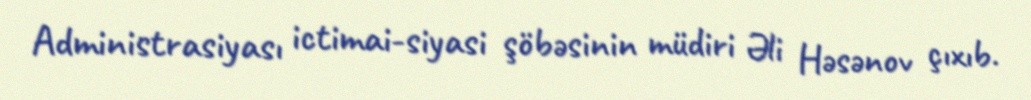
Administrasiyası ictimai-siyasi şöbəsinin müdiri Əli Həsənov çıxıb.